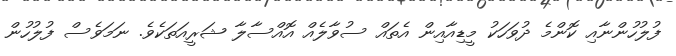
ފުލުހުންނާއި ކޮންމެ ދުވަހަކު މީޑިއާއިން އެތައް ސުވާލެއް އޮއްސާލާ ޝަރީއަތަކެވެ. ނަމަވެސް ފުލުހުން